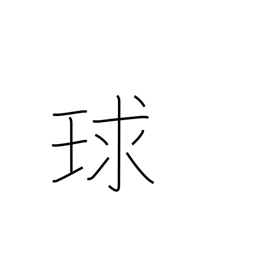
Meaning: sphere